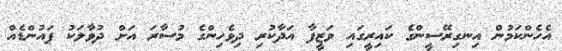
އެހެންކަމުން އިނގިރޭސީންގެ ކައިރީގައި ވަޒީފާ އަދާކުރި ދިވެހިންގެ މުސާރަ އަށް ދުވާލަކު ޕައުންޑެއް